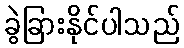
ခွဲခြားနိုင်ပါသည်